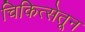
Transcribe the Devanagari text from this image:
चिकित्सेतून